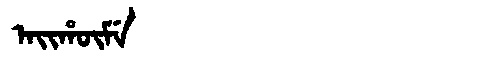
Manchu: ᠠᡳᡥᡡᠮᡝ
Romanization: AIHŪME